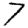
Digit: 7